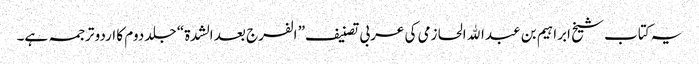
یہ کتاب شیخ ابراہیم بن عبدالله الحازمی کی عربی تصنیف” الفرج بعد الشدة“ جلد دوم کا اردو ترجمہ ہے۔